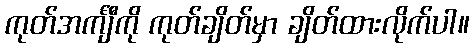
ကုတ်အင်္ကျီကို ကုတ်ချိတ်မှာ ချိတ်ထားလိုက်ပါ။